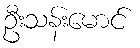
ဦးသန်းမောင်